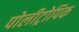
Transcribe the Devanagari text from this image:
पोलीट्रोपिक